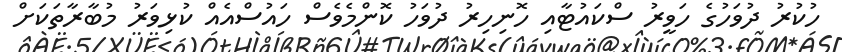
ހުކުރު ދުވަހުގެ ހަވީރު ސްކަައުޓާއި ހޮނިހިރު ދުވަހު ކޮންމެވެސް ހައުސްއެއް ކުޅިވަރު މުބާރާތަކަށް